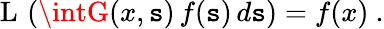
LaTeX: \operatorname{L}\, \left(\intG(x,\mathtt{s})\, f(\mathtt{s})\, d\mathtt{s}\right)=f(x)~.